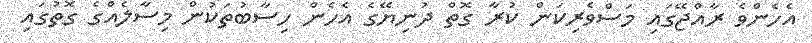
އެހެންވެ ރާއްޖޭގައި މަސްވެރިކަން ކުރާ ގޮތް ދުނިޔޭގެ އެހެން ހިސާބުތަކުން މިސާލެއްގެ ގޮތުގައި